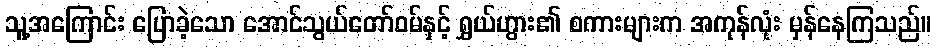
သူ့အကြောင်း ပြောခဲ့သော အောင်သွယ်တော်ဝမ်နှင့် ရွှယ်ဟွား၏ စကားများက အကုန်လုံး မှန်နေကြသည်။